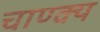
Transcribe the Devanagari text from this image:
चाण्क्य